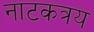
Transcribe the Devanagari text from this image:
नाटकत्रय